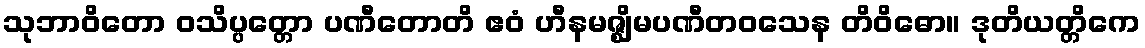
သုဘာဝိတော ဝသိပ္ပတ္တော ပဏီတောတိ ဧဝံ ဟီနမဇ္ဈိမပဏီတဝသေန တိဝိဓော။ ဒုတိယတ္တိကေ